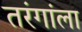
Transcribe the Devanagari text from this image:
तरंगांला